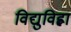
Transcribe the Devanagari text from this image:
विद्युविह्वा